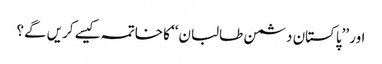
اور ’’پاکستان دشمن طالبان‘‘ کا خاتمہ کیسے کریں گے؟